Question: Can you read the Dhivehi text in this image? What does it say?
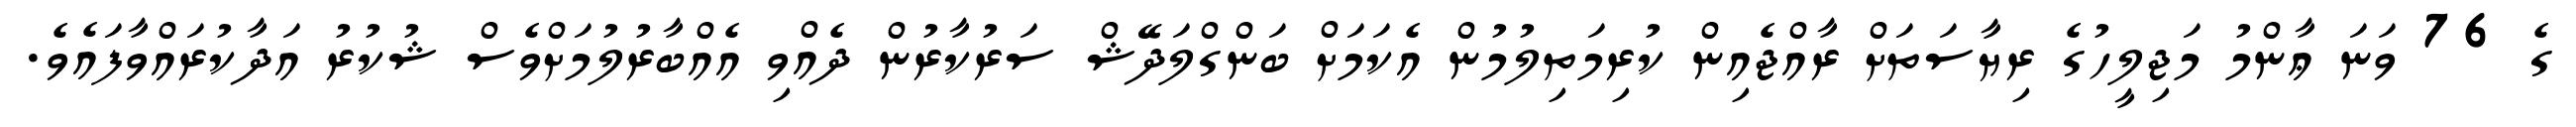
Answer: ގެ 76 ވަނަ ޢާންމު މަޖިލީހުގެ ރިޔާސަތަށް ރާއްޖެއިން ކުރިމަތިލުމުން އެކަމަށް ބަންގްލަދޭޝް ސަރުކާރުން ދެއްވި އެއްބާރުލުމަށްވެސް ޝުކުރު އަދާކުރައްވާފައެވެ.